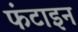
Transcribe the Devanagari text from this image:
फंटाइन